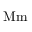
\ensuremath \mathrm { { M m } }